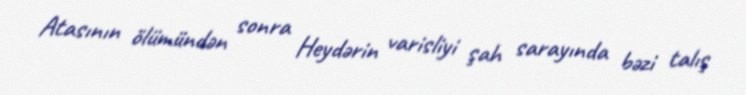
Atasının ölümündən sonra Heydərin varisliyi şah sarayında bəzi talış